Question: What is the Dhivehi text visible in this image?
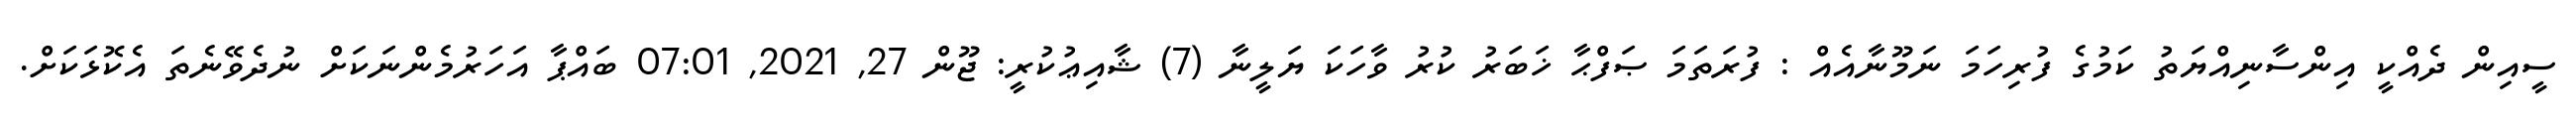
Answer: ސީއިން ދެއްކީ އިންސާނިއްޔަތު ކަމުގެ ފުރިހަމަ ނަމޫނާއެއް : ފުރަތަމަ ޞަފްޙާ ޚަބަރު ކުރު ވާހަކަ ޔަލީނާ (7) ޝާއިޢުކުރީ: ޖޫން 27, 2021, 07:01 ބައްޕާ އަހަރުމެންނަކަށް ނުދެވޭނެތަ އެކޮޅަކަށް.